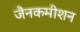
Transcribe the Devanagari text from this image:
जैनकमीशन